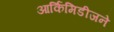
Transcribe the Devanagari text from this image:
आर्किमिडीजने